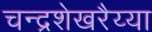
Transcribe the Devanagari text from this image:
चन्द्रशेखरैय्या